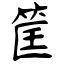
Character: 筐